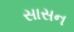
સાસન